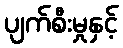
ပျက်စီးမှုနှင့်